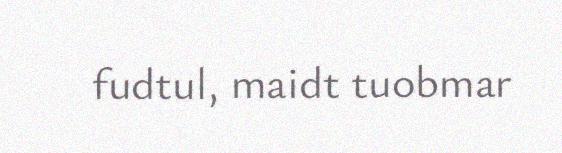
fudtul, maidt tuobmar